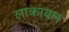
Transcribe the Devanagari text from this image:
लाकायल